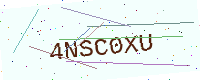
Text: 4NSC0XU